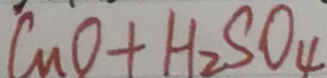
C u O + H _ { 2 } S O _ { 4 }